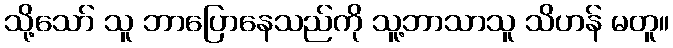
သို့သော် သူ ဘာပြောနေသည်ကို သူ့ဘာသာသူ သိဟန် မတူ။